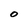
Character: O